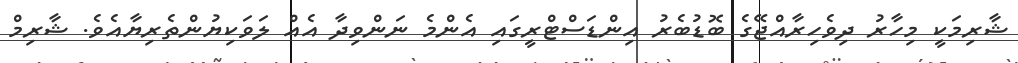
ޝާރިމަކީ މިހާރު ދިވެހިރާއްޖޭގެ ބޮޑުބެރު އިންޑަސްޓްރީގައި އެންމެ ނަންވިދާ އެއް ލަވަކިޔުންތެރިޔާއެވެ. ޝާރިމް